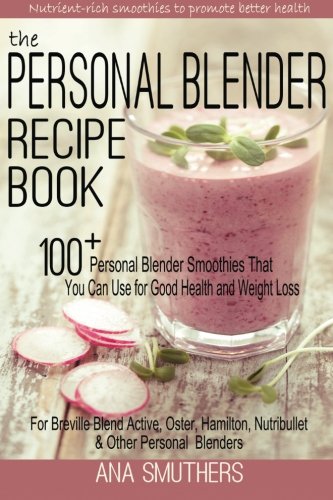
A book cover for The Personal Blender Recipe Book: 100+ Personal Blender Smoothies That You Can Use for Good Health & Weight Loss - For Breville Blend Active, Oster, Hamilton, Nutribullet & Other Single Serve Blenders; Ana Smuthers; Cookbooks, Food & Wine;